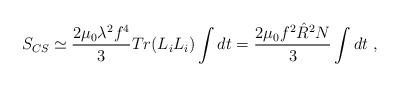
LaTeX: \begin{align*}S_{CS}\simeq \frac{2\mu_0 \lambda^2 f^4}{3} Tr(L_iL_i)\int dt=\frac{2\mu_0 f^2 \hat{R}^2 N}{3}\int dt\ ,\end{align*}